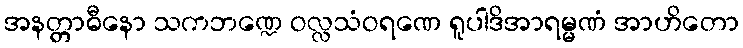
အနတ္တာဓီနော သကဘဏ္ဍေ ဝလ္လသံဝရဏေ ရူပါဒိအာရမ္မဏံ အာဟိတော